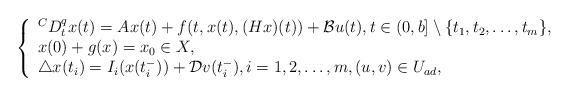
LaTeX: \begin{align*} \left\lbrace \begin{array}{lll} ^{C}D_{t}^{q}x(t)=Ax(t)+f(t, x(t), (Hx)(t))+\mathcal{B}u(t), t\in (0, b]\setminus\lbrace t_1, t_2,\ldots, t_m\rbrace,\\x(0)+g(x)=x_{0}\in X,\\\triangle x(t_{i})=I_{i}(x(t_{i}^{-}))+\mathcal{D}v(t_{i}^{-}), i=1,2,\ldots,m,(u, v)\in U_{ad},\end{array}\right.\end{align*}